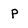
Character: P